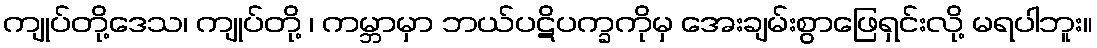
ကျုပ်တို့ဒေသ၊ ကျုပ်တို့ ၊ ကမ္ဘာမှာ ဘယ်ပဋိပက္ခကိုမှ အေးချမ်းစွာဖြေရှင်းလို့ မရပါဘူး။